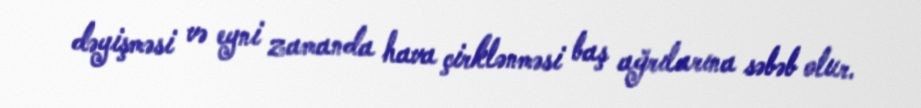
dəyişməsi və eyni zamanda hava çirklənməsi baş ağrılarına səbəb olur.